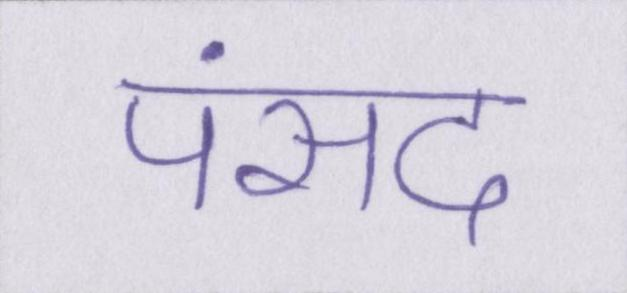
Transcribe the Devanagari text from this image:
पंसद